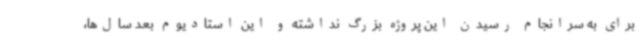
برای به سرانجام رسیدن این پروژه بزرگ نداشته و این استادیوم بعد سال‌ها،